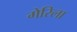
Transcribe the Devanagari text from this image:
गेरिला